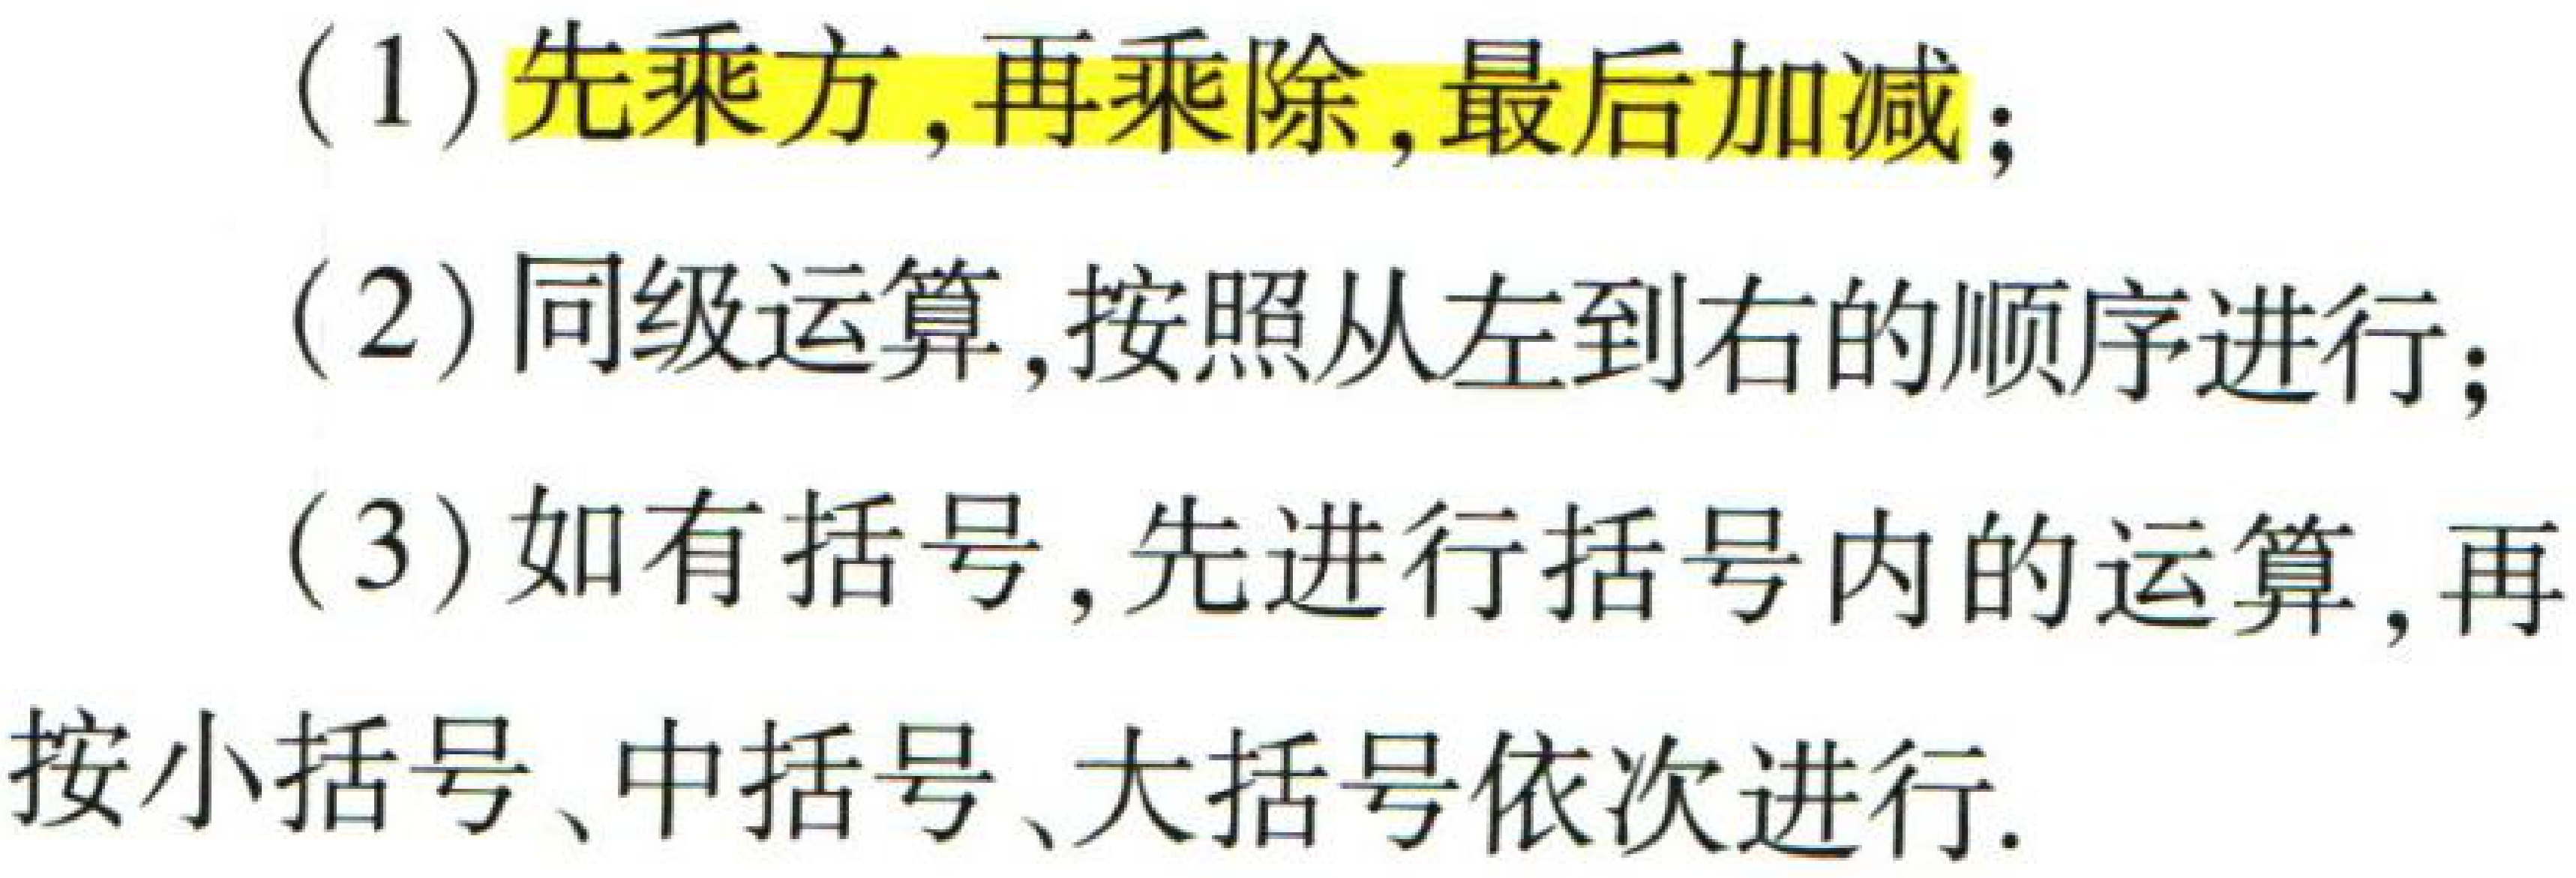
(1) 先乘方,再乘除,最后加减；
(2) 同级运算,按照从左到右的顺序进行；
(3) 如有括号,先进行括号内的运算,再按小括号、中括号、大括号依次进行.